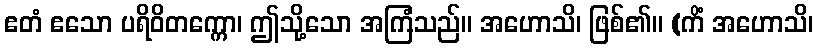
ဧတံ ဧသော ပရိဝိတက္ကော၊ ဤသို့သော အကြံသည်။ အဟောသိ၊ ဖြစ်၏။ (ကိံ အဟောသိ၊